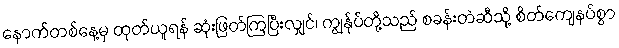
နောက်တစ်နေ့မှ ထုတ်ယူရန် ဆုံးဖြတ်ကြပြီးလျှင်၊ ကျွန်ုပ်တို့သည် စခန်းတဲဆီသို့ စိတ်ကျေနပ်စွာ